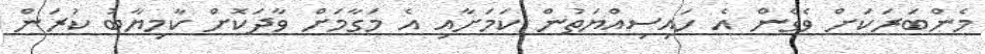
މެންބަރަކަށް ވެގެން އެ ހައިސިއްޔަތުންް ކަމަށާއި އެ މަގާމަށް ވާދަކޮށް ކާމިޔާބު ކުރަން